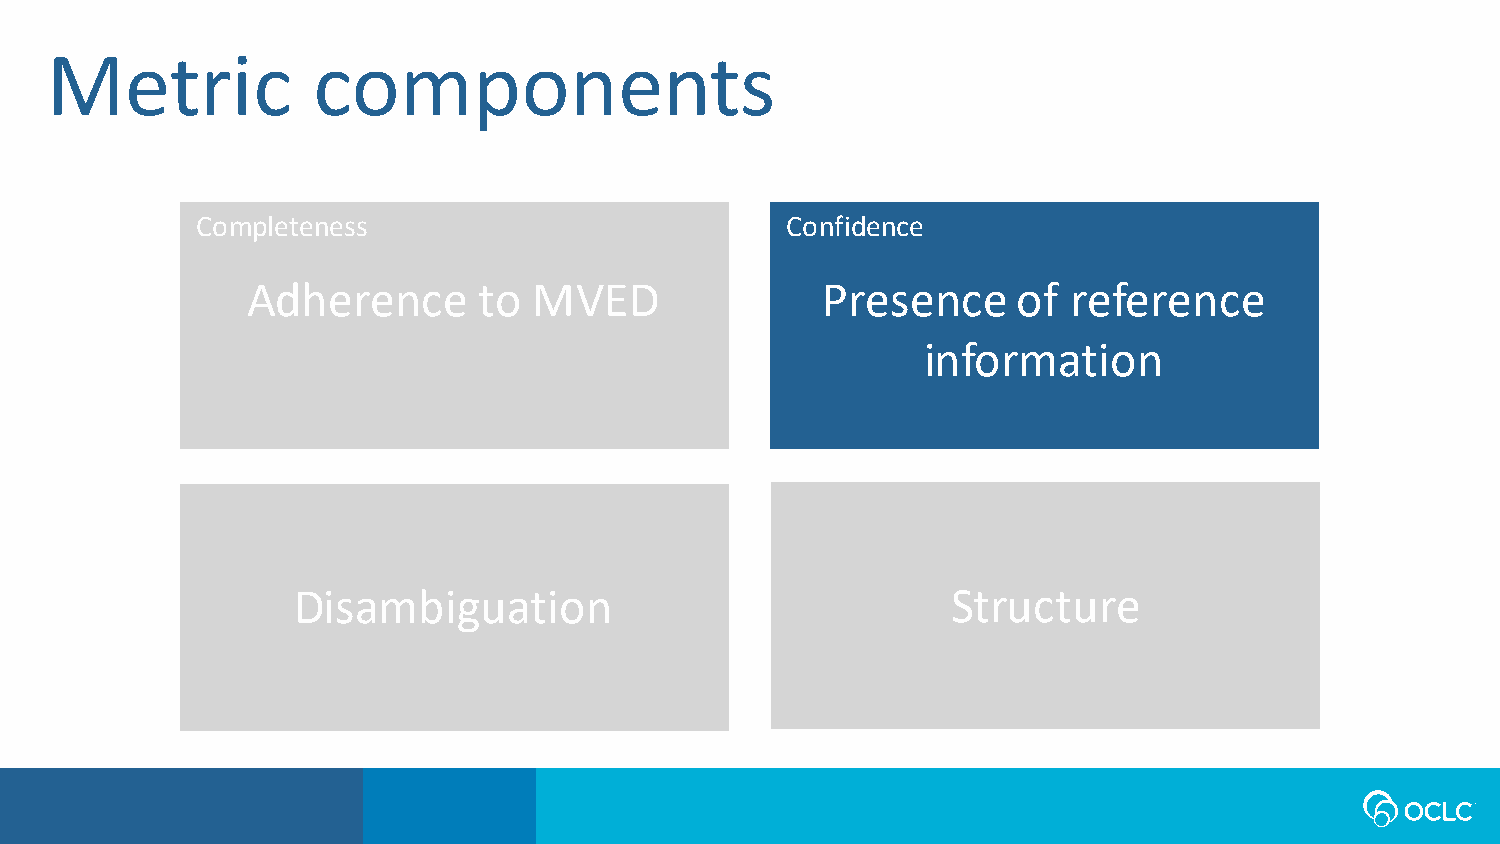
Metric            components
 Completeness                           Confidence
 Adherence       to MVED               Presence     of  reference
 information
 Disambiguation                              Structure